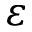
\varepsilon